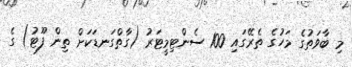
މި ބާވަތުގެ މަހުގެ ތެރޭގައި 100 ސެންޓިމީޓަރު (ގާތްގަނޑަކަށް ތިން ފޫޓު) ގެ